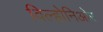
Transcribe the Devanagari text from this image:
विल्होनिओर